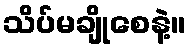
သိပ်မချိုစေနဲ့။